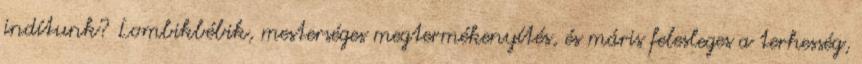
indítunk? Lombikbébik, mesterséges megtermékenyítés, és máris felesleges a terhesség,